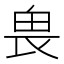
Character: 𠂽